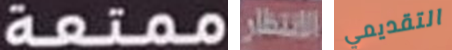
ممتعة الانتظار التقديمي